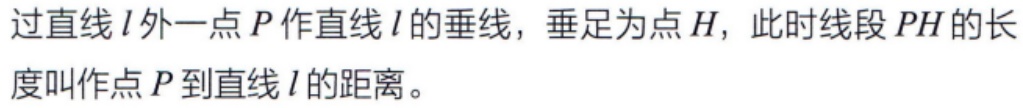
过直线\(l\)外一点\(P\)作直线\(l\)的垂线，垂足为点\(H\)，此时线段\(PH\)的长度叫作点\(P\)到直线\(l\)的距离。